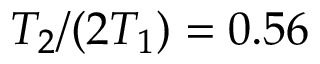
T _ { 2 } / ( 2 T _ { 1 } ) = 0 . 5 6